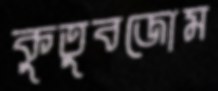
কুতুবজোম